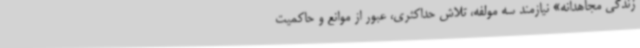
زندگی مجاهدانه» نیازمند سه مولفه، تلاش حداکثری، عبور از موانع و حاکمیت